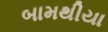
બામથીયા